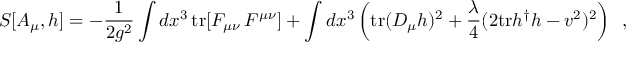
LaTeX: S [ A _ { \mu } , h ] = - \frac { 1 } { 2 g ^ { 2 } } \int d x ^ { 3 } \, \mathrm { t r } [ F _ { \mu \nu } \, F ^ { \mu \nu } ] + \int d x ^ { 3 } \left( \mathrm { t r } ( D _ { \mu } h ) ^ { 2 } + \frac { \lambda } { 4 } ( 2 \mathrm { t r } h ^ { \dagger } h - v ^ { 2 } ) ^ { 2 } \right) \, \, \, ,